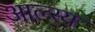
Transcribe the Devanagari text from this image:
आल्स्य